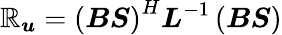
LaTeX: \boldsymbol{\mathbb{R}_{\mathit{u}}}=\left(\boldsymbol{B}\boldsymbol{S}\right)^{H}\boldsymbol{L}^{-1}\left(\boldsymbol{B}\boldsymbol{S}\right)